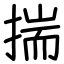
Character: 揣